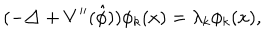
( - \triangle + V ^ { \prime \prime } ( \hat { \phi } ) ) \phi _ { k } ( x ) = \lambda _ { k } \phi _ { k } ( x ) ,